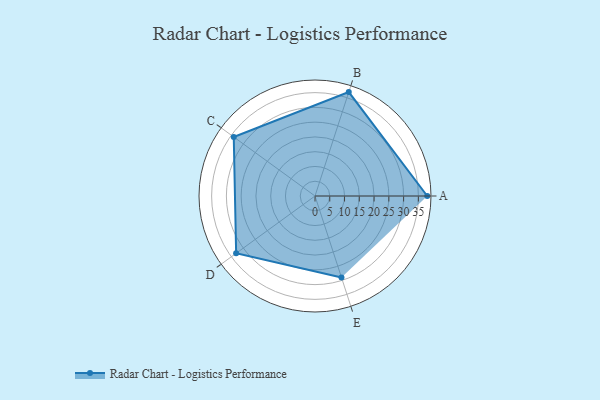
{"axis": {"x": "Skill", "y": "Score"}, "legend": ["Profile"], "data": [{"x": "A", "y": 38.0, "type": "Profile"}, {"x": "B", "y": 37.0, "type": "Profile"}, {"x": "C", "y": 34.0, "type": "Profile"}, {"x": "D", "y": 33.0, "type": "Profile"}, {"x": "E", "y": 29.0, "type": "Profile"}]}